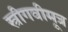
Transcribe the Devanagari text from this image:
स्त्रीगवीमूत्र